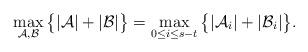
LaTeX: \begin{align*} \max_{\mathcal A,\mathcal B}\big\{|\mathcal A|+|\mathcal B|\big\}= \max_{0\le i\le s-t} \big\{|\mathcal A_i|+|\mathcal B_i|\big\}.\end{align*}